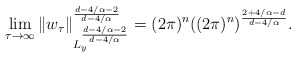
\begin{align*}\lim_{\tau\to\infty}\|w_\tau\|_{L_y^{\frac{d-4/\alpha-2}{d-4/\alpha}}}^{\frac{d-4/\alpha-2}{d-4/\alpha}}=(2\pi)^n((2\pi)^n)^{\frac{2+4/\alpha-d}{d-4/\alpha}}.\end{align*}